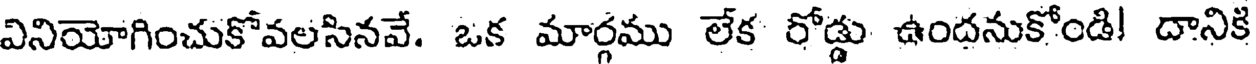
వినియోగించుకోవలసినవే. ఒక మార్గము లేక రోడ్డు ఉందనుకోండి! దానిక